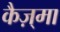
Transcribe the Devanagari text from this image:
कैज़्मा